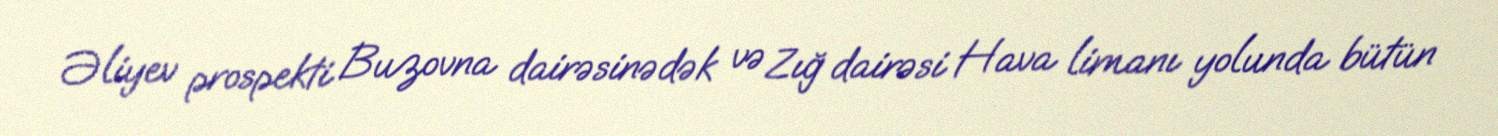
Əliyev prospekti Buzovna dairəsinədək və Zığ dairəsi Hava limanı yolunda bütün